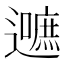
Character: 𮟛